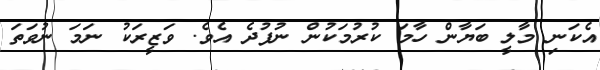
އެކަނި މާލީ ބަޔާން ހާމަ ކުރުމަކުން ނުފުދެ އެވެ. ވަޒީރަކު ނަމަ ނުވަތަ